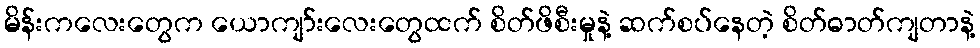
မိန်းကလေးတွေက ယောကျာ်းလေးတွေထက် စိတ်ဖိစီးမှုနဲ့ ဆက်စပ်နေတဲ့ စိတ်ဓာတ်ကျတာနဲ့